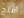
أفتح